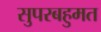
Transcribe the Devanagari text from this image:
सुपरबहुमत